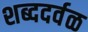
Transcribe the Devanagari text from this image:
शब्ददर्वळ